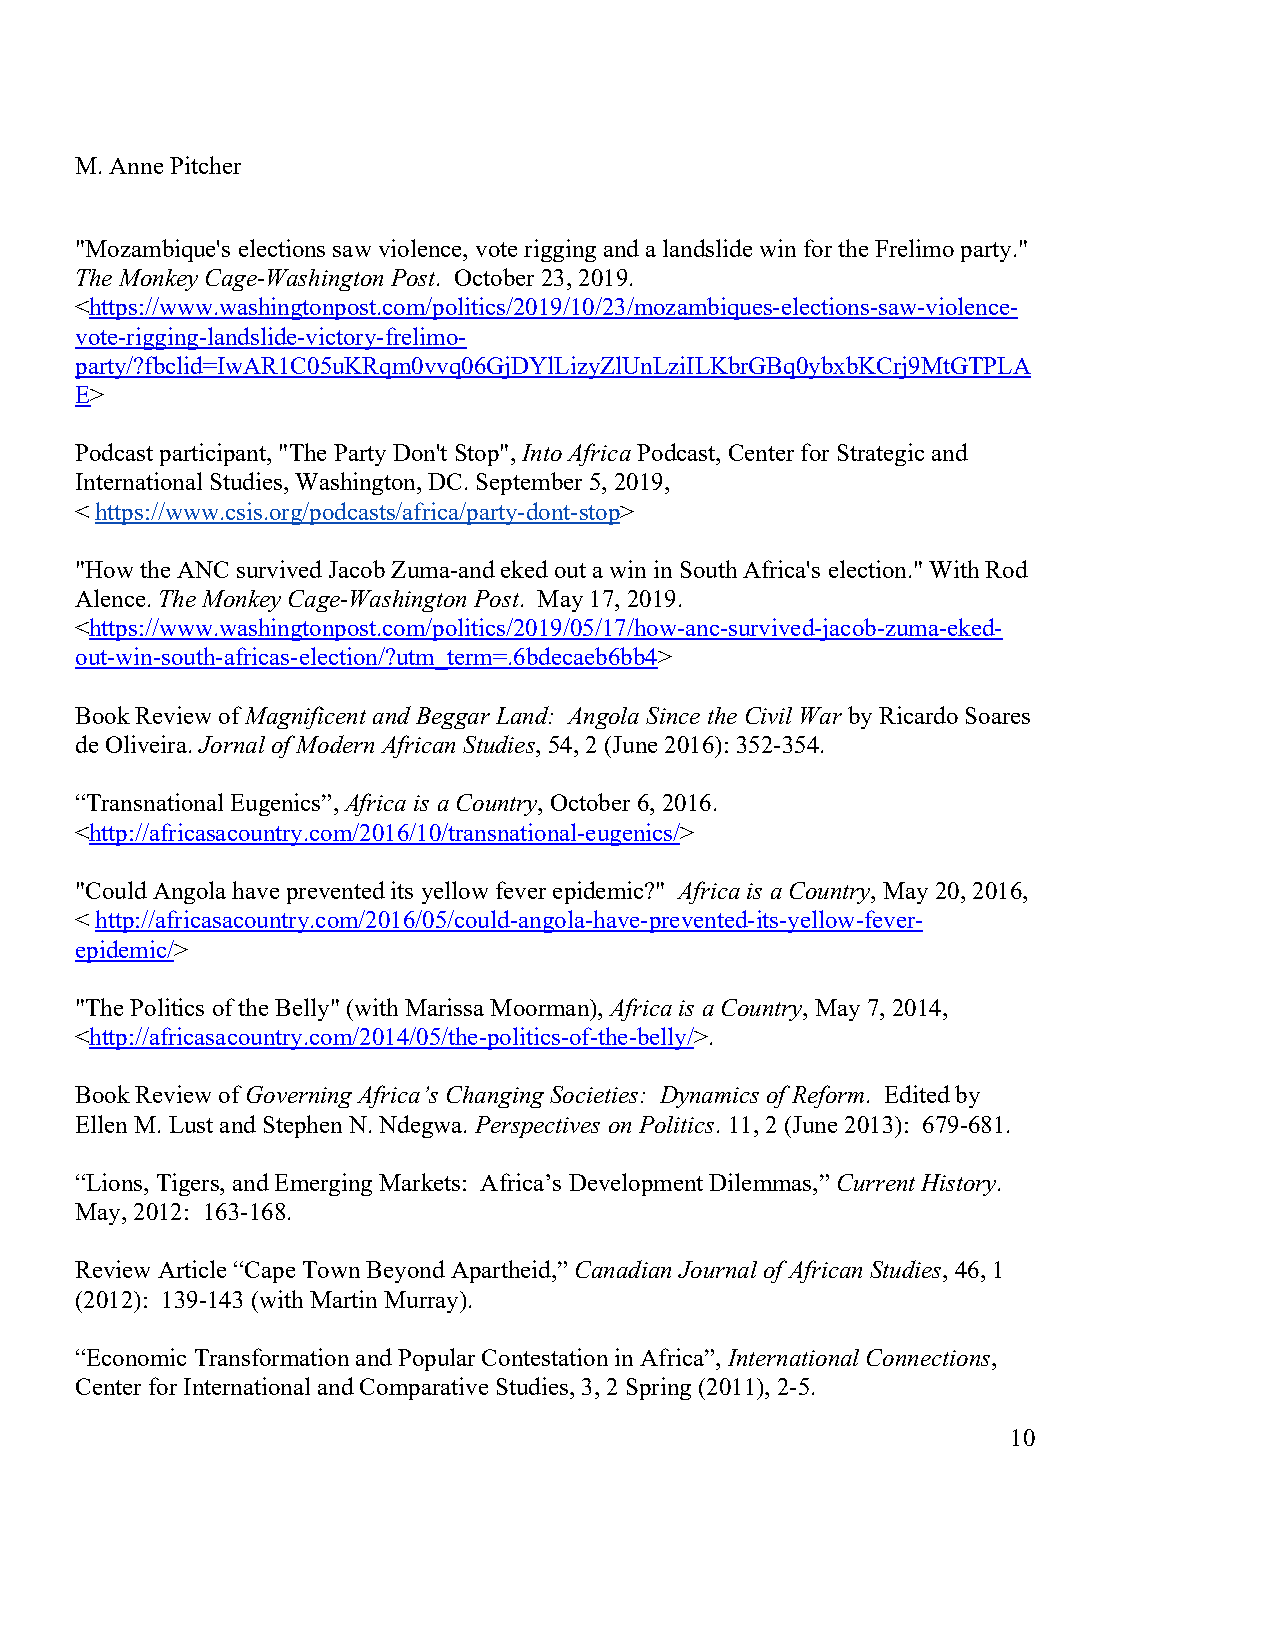
M. Anne Pitcher
 "Mozambique's elections saw violence, vote rigging and a landslide win for the Frelimo party."
 The Monkey Cage-Washington Post. October 23, 2019.
 <https://www.washingtonpost.com/politics/2019/10/23/mozambiques-elections-saw-violence-
 vote-rigging-landslide-victory-frelimo-
 party/?fbclid=IwAR1C05uKRqm0vvq06GjDYlLizyZlUnLziILKbrGBq0ybxbKCrj9MtGTPLA
 E>
 Podcast participant, "The Party Don't Stop", Into Africa Podcast, Center for Strategic and
 International Studies, Washington, DC. September 5, 2019,
 < https://www.csis.org/podcasts/africa/party-dont-stop>
 "How the ANC survived Jacob Zuma-and eked out a win in South Africa's election." With Rod
 Alence. The Monkey Cage-Washington Post. May 17, 2019.
 <https://www.washingtonpost.com/politics/2019/05/17/how-anc-survived-jacob-zuma-eked-
 out-win-south-africas-election/?utm_term=.6bdecaeb6bb4>
 Book Review of Magnificent and Beggar Land: Angola Since the Civil War by Ricardo Soares
 de Oliveira. Jornal of Modern African Studies, 54, 2 (June 2016): 352-354.
 “Transnational Eugenics”, Africa is a Country, October 6, 2016.
 <http://africasacountry.com/2016/10/transnational-eugenics/>
 "Could Angola have prevented its yellow fever epidemic?" Africa is a Country, May 20, 2016,
 < http://africasacountry.com/2016/05/could-angola-have-prevented-its-yellow-fever-
 epidemic/>
 "The Politics of the Belly" (with Marissa Moorman), Africa is a Country, May 7, 2014,
 <http://africasacountry.com/2014/05/the-politics-of-the-belly/>.
 Book Review of Governing Africa’s Changing Societies: Dynamics of Reform. Edited by
 Ellen M. Lust and Stephen N. Ndegwa. Perspectives on Politics. 11, 2 (June 2013): 679-681.
 “Lions, Tigers, and Emerging Markets: Africa’s Development Dilemmas,” Current History.
 May, 2012: 163-168.
 Review Article “Cape Town Beyond Apartheid,” Canadian Journal of African Studies, 46, 1
 (2012): 139-143 (with Martin Murray).
 “Economic Transformation and Popular Contestation in Africa”, International Connections,
 Center for International and Comparative Studies, 3, 2 Spring (2011), 2-5.
 10